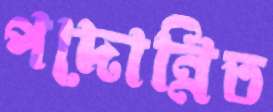
পদোন্নিত